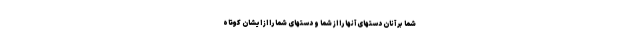
شما بر آنان دستهاى آنها را از شما و دستهاى شما را از ايشان كوتاه